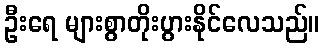
ဦးရေ များစွာတိုးပွားနိုင်လေသည်။